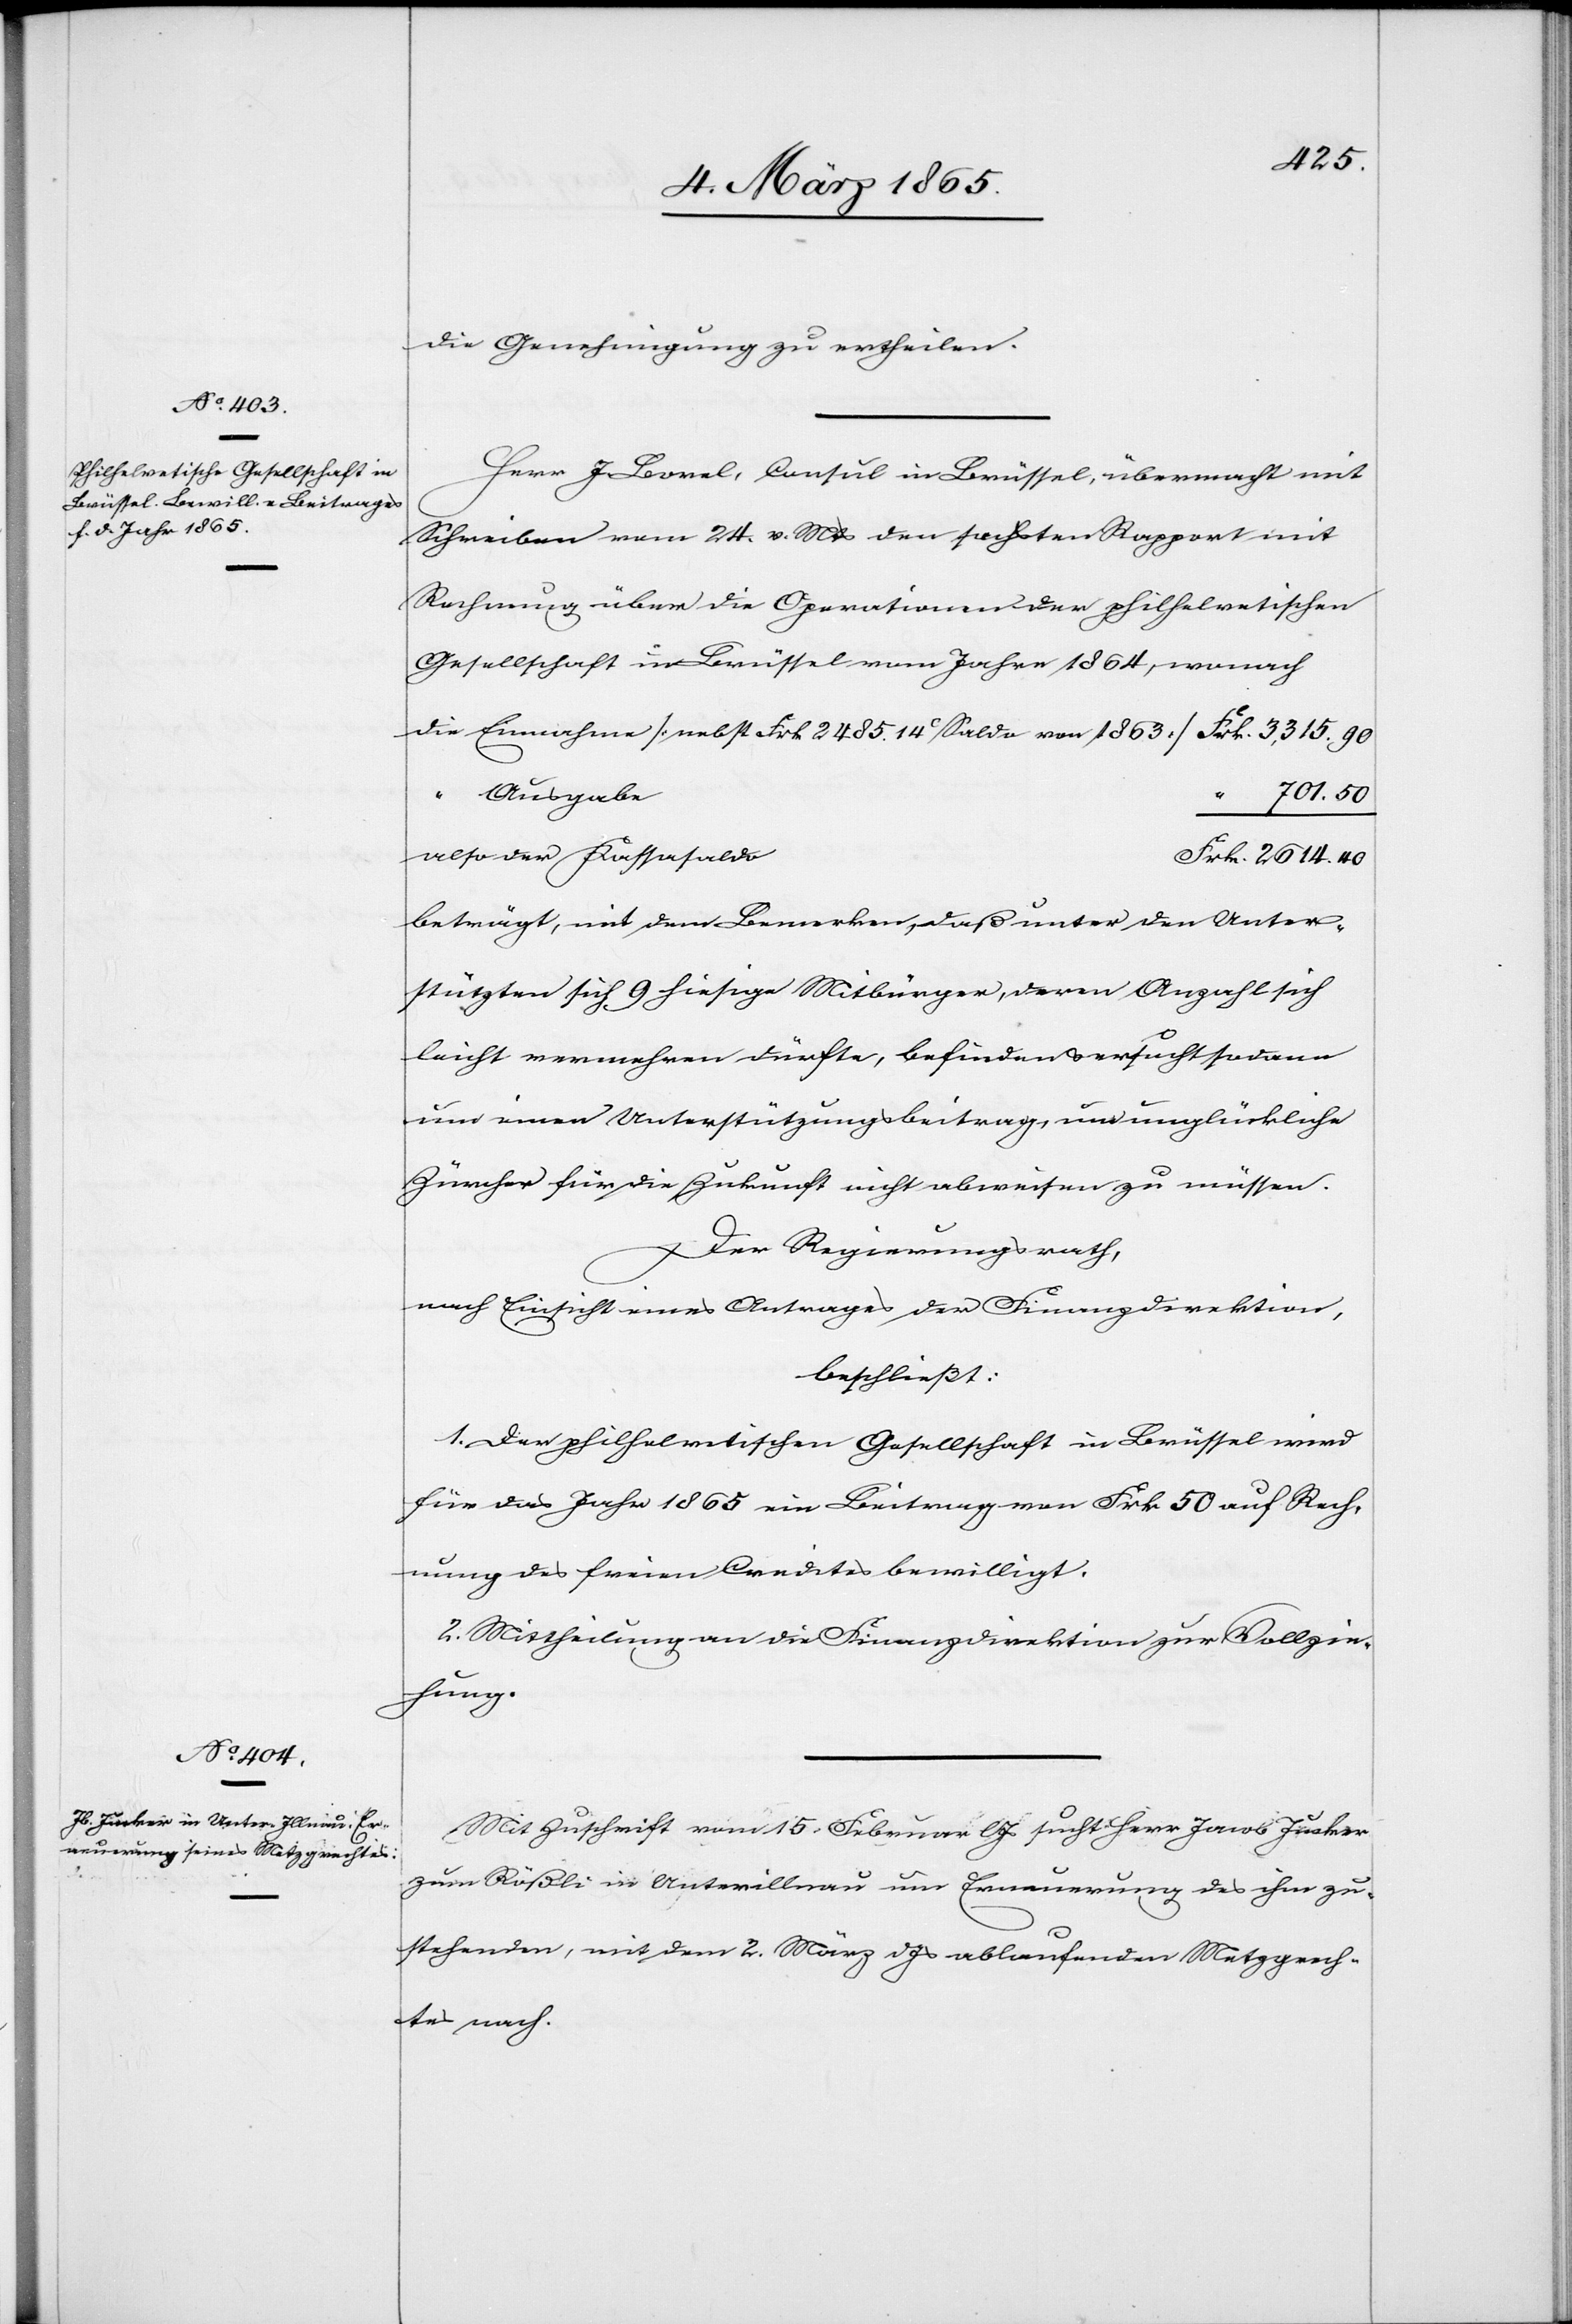
2485.
die Genehmigung zu ertheilen.
Herr J. Borel, Consul in Brüssel, übermacht mit
Schreiben vom 24. v. Mts den sechsten Rapport mit
Rechnung über die Operationen der philhelvetischen
Gesellschaft in Brüssel vom Jahre 1864, wonach
Ausgabe
701.
50
also der Kassasaldo
beträgt, mit dem Bemerken, daß unter den Unter¬
stützten sich 9 hiesige Mitbürger, deren Anzahl sich
leicht vermehren dürfte, befinden u. ersucht sodann
um einen Unterstützungsbeitrag, um unglückliche
Zürcher für die Zukunft nicht abweisen zu müssen.
40
Der Regierungsrath,
nach Einsicht eines Antrages der Finanzdirektion,
beschließt:
1. Der philhelvetischen Gesellschaft in Brüssel wird
für das Jahr 1865 ein Beitrag von Frk. 50 auf Rech¬
nung des freien Credites bewilligt.
2. Mittheilung an die Finanzdirektion zur Vollzie¬
hung.
Mit Zuschrift vom 15. Februar l Js sucht Herr Jacob Jucker
zum Rößli in Unterillnau um Erneuerung des ihm zu¬
stehenden, mit dem 2. März d Js ablaufenden Metzgrech¬
tes nach.